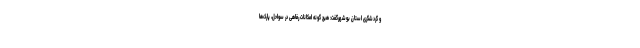
و گردشگری استان بوشهرگفت: هیچ گونه امکانات رفاهی در سواحل، پارک‌ها